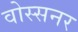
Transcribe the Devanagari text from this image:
वोस्सनर